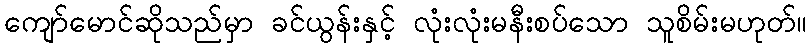
ကျော်မောင်ဆိုသည်မှာ ခင်ယွန်းနှင့် လုံးလုံးမနီးစပ်သော သူစိမ်းမဟုတ်။